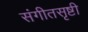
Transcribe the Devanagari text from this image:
संगीतसृष्टी